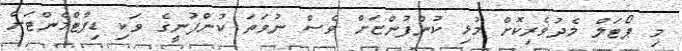
މި ޕޯޓަލް މެދުވެރިކޮށް މުޅި ކުންފުންޏަށް ވެސް ނުވަތަ ކުންފުނީގެ ވަކި ޑިޕާޓްމެންޓަށް